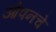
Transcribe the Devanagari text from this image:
ओपनचे